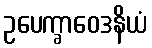
ဥပေက္ခာဝေဒနိယံ